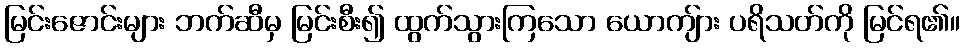
မြင်းဇောင်းများ ဘက်ဆီမှ မြင်းစီး၍ ထွက်သွားကြသော ယောကျ်ား ပရိသတ်ကို မြင်ရ၏။